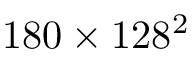
1 8 0 \times 1 2 8 ^ { 2 }